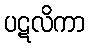
ပဋလိကာ